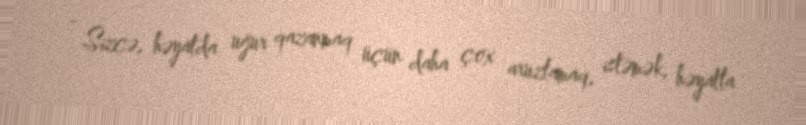
- Sizcə, həyatda uğur qazanmaq üçün daha çox aruzlamaq, istəmək, həyatla